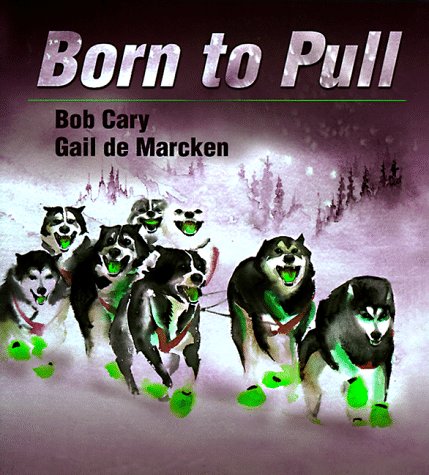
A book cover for Born to Pull; Bob Cary; Sports & Outdoors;